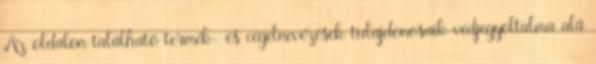
Az oldalon található termék- és cégelnevezések tulajdonosaik védjegyoltalma alá